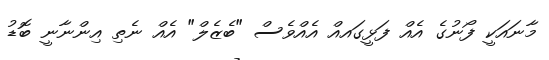
މާނައަކީ ފޯނުގެ އެއް ފަޅީގައއް އެއްވެސް "ބެޒެލް" އެއް ނެތި އިންނާނީ ބޮޑު